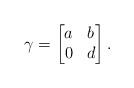
LaTeX: \begin{align*}\gamma=\begin{bmatrix}a&b\\ 0&d\end{bmatrix}.\end{align*}